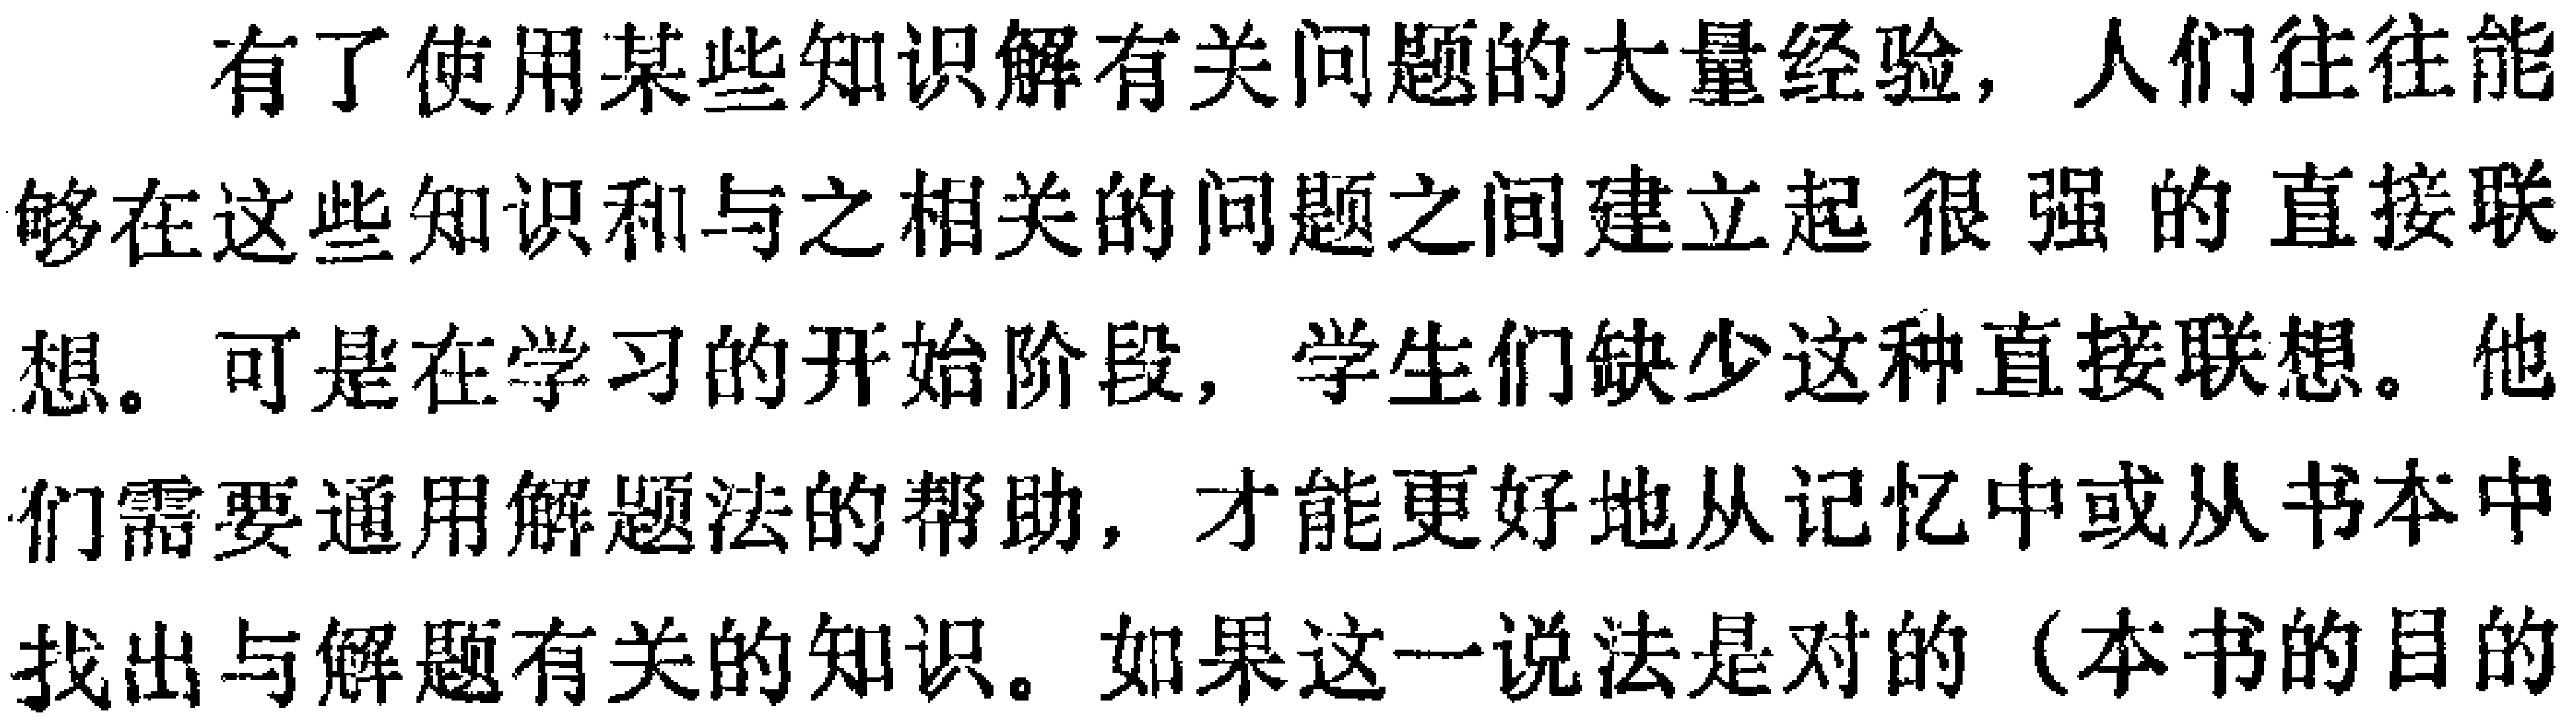
有了使用某些知识解有关问题的大量经验，人们往往能够在这些知识和与之相关的问题之间建立起很强的直接联想。可是在学习的开始阶段，学生们缺少这种直接联想。他们需要通用解题法的帮助，才能更好地从记忆中或从书本中找出与解题有关的知识。如果这一说法是对的（本书的目的